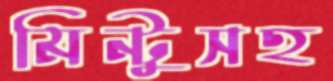
মিন্টুসহ